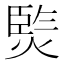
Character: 𭵧